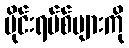
ဗိုင်းရပ်စ်များကို